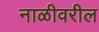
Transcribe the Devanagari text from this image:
नाळीवरील